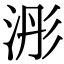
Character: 浵